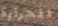
للحرارة